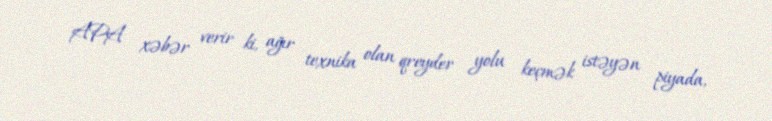
APA xəbər verir ki, ağır texnika olan qreyder yolu keçmək istəyən piyada,